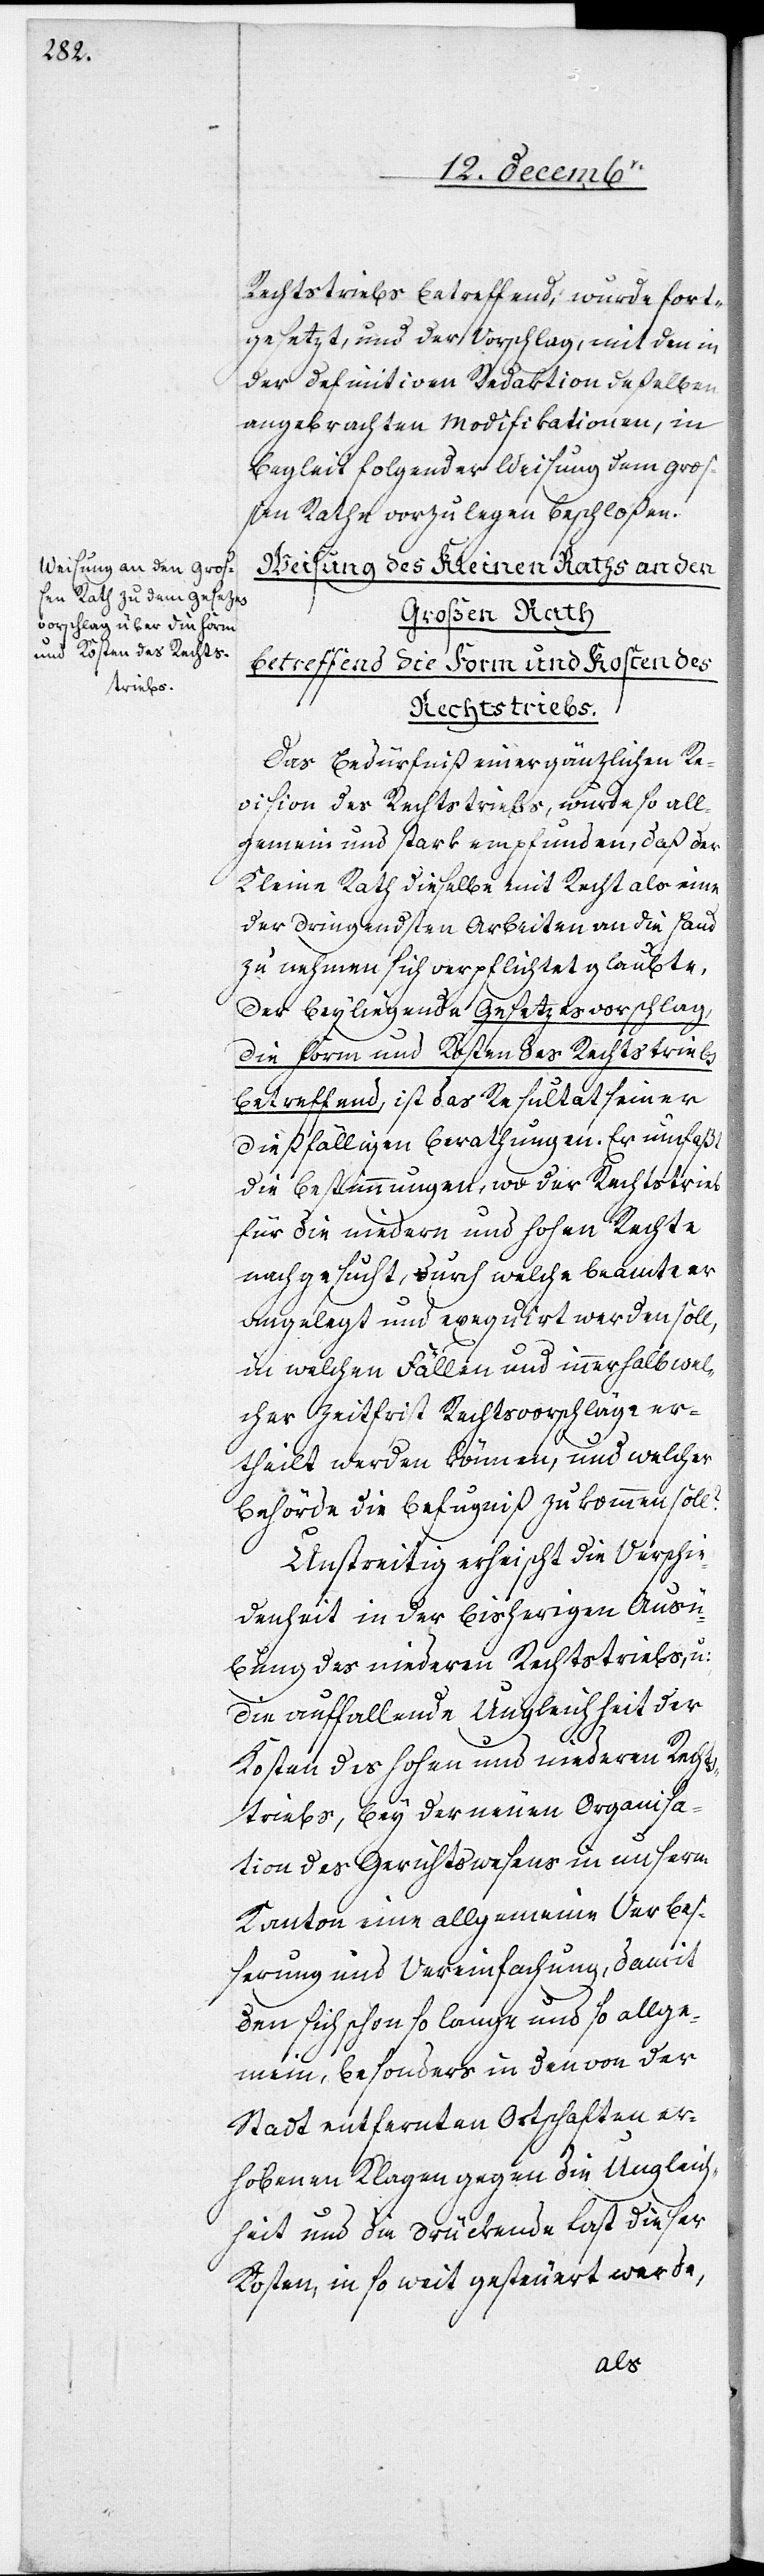
Rechtstriebs betreffend, wurde fort¬
gesetzt, und der Vorschlag, mit den in
der definitiven Redaktion deßelben
angebrachten Modifikationen, in
Begleit folgender Weisung dem groß¬
en Rathe vorzulegen beschloßen.
Weisung des Kleinen Raths an den
Großen Rath
betreffend die Form und Kosten des
Rechtstriebs.
Das Bedürfniß einer gänzlichen Re¬
vision des Rechtstriebs, wurde so all¬
gemein und stark empfunden, daß der
Kleine Rath dieselbe mit Recht als eine
der dringendsten Arbeiten an die Hand
zu nehmen sich verpflichtet glaubte.
Der beyliegende Gesetzesvorschlag,
die Form und Kosten des Rechtstriebs
betreffend, ist das Resultat seiner
dießfälligen Berathungen. Es umfaßt
die Bestimmungen, wo der Rechtstrieb
für die niedern und hohen Rechte
nachgesucht, durch welche Beamte er
angelegt und exequirt werden soll,
in welchen Fällen und innerhalb wel¬
cher Zeitfrist Rechtsvorschläge er¬
theilt werden können, und welcher
Behörde die Befugniß zukommen soll?
Unstreitig erheischt die Verschie¬
denheit in der bisherigen Ausü¬
bung des niederen Rechtstriebs, u:
die auffallende Ungleichheit der
Kosten des hohen und niederen Rechts¬
triebs, bey der neuen Organisa¬
tion des Gerichtswesens in unserm
Kanton eine allgemeine Verbeß¬
erung und Vereinfachung, damit
den sich schon lange und so allge¬
mein, besonders in den von der
Stadt entfernten Ortschaften er¬
hobenen Klagen gegen die Ungleich¬
heit und die drückende Last dieser
Kosten, in so weit gesteuert werde,